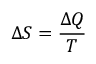
\Delta S = { \frac { \Delta Q } { T } }